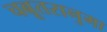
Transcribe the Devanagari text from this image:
चबूतरानुमा